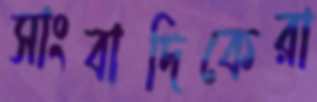
সাংবাদিকেরা